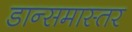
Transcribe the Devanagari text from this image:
डान्समास्तर